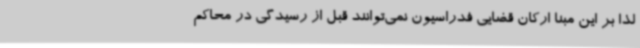
لذا بر این مبنا ارکان قضایی فدراسیون نمی‌توانند قبل از رسیدگی در محاکم